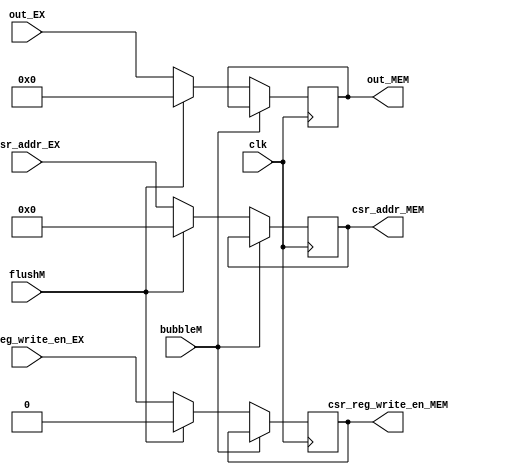
`timescale 1ns / 1ps
//////////////////////////////////////////////////////////////////////////////////
// Company: USTC ESLAB
// 
// Design Name: RV32I Core
// Module Name: Operator 1 Seg Reg
// Tool Versions: Vivado 2017.4.1
// Description: Operator 1 Seg Reg for ID\EX
// 
//////////////////////////////////////////////////////////////////////////////////


//  
    // ID\EXCSR
// 
    // clk               
    // reg1              General Register File1
    // reg2              Csr Register File1
    // bubbleE           EXbubble
    // flushE            EXflush
// 
    // reg1_EX           1
    // reg2_EX           1
//   
    // 

module Csr_MEM(
    input wire clk, bubbleM, flushM,
    input wire csr_reg_write_en_EX,
    input wire [11:0]csr_addr_EX,
    input wire [31:0] out_EX,
    output reg [31:0] out_MEM,
    output reg [11:0]csr_addr_MEM,
    output reg csr_reg_write_en_MEM
    );

    initial 
    begin
    csr_reg_write_en_MEM = 0;
    csr_addr_MEM = 0;
    out_MEM = 0;
    end
    
    always@(posedge clk)
        if (!bubbleM) 
        begin
            if (flushM)
            begin
                csr_reg_write_en_MEM = 0;
                csr_addr_MEM = 0;
                out_MEM = 0;
            end
            else 
            begin
                csr_reg_write_en_MEM = csr_reg_write_en_EX;
                csr_addr_MEM = csr_addr_EX;
                out_MEM = out_EX;
            end
        end
    
endmodule